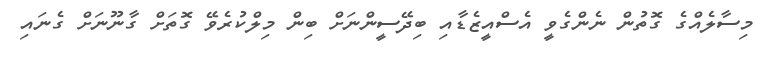
މިސާލެއްގެ ގޮތުން ނެންގެވީ އެސްއީޒެޑާއި ބިދޭސީންނަށް ބިން މިލްކުރެވޭ ގޮތަށް ގާނޫނަށް ގެނައި